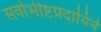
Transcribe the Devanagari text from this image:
सर्वाभीष्टप्रदायिने